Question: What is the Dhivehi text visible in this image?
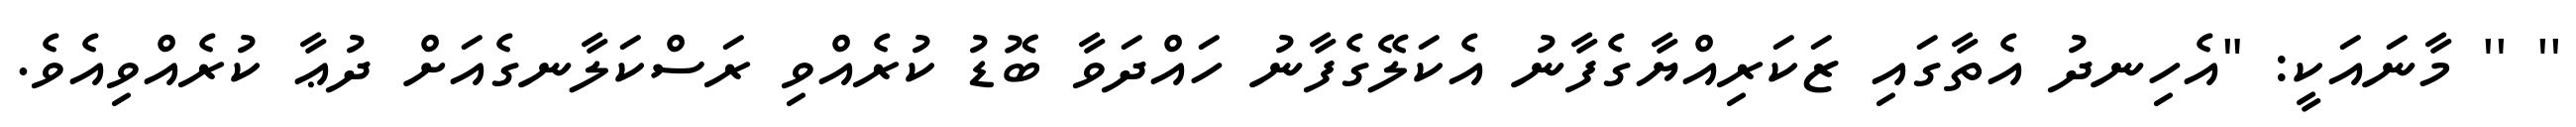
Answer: '' '' މާނައަކީ: "އެހިނދު އެތާގައި ޒަކަރިއްޔާގެފާނު އެކަލޭގެފާނު ހައްދަވާ ބޮޑު ކުރެއްވި ރަސްކަލާނގެއަށް ދުޢާ ކުރެއްވިއެވެ.